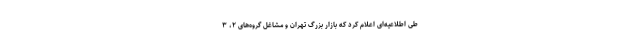
طی اطلاعیه‌ای اعلام کرد که بازار بزرگ تهران و مشاغل گروه‌های ۲، ۳